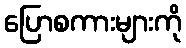
ပြောစကားများကို